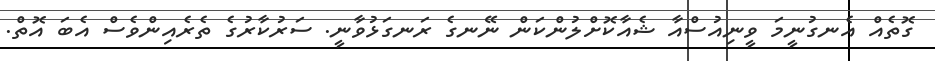
ގޮތެއް އެނގުނީމަ ވީނިއުސްއާ ޝެއާކޮށްލުންކަން ނޭނގެ ރަނގަޅުވާނީ. ސަރުކާރުގެ ތެރެއިންވެސް އެބަ އޮތް.